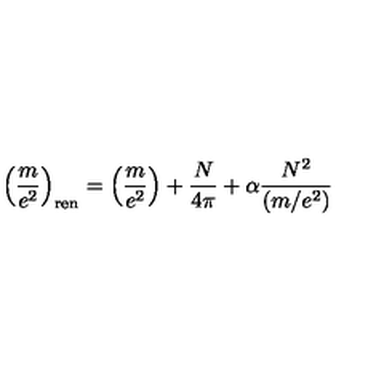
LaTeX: \left( \frac { m } { e ^ { 2 } } \right) _ { \mathrm { r e n } } = \left( \frac { m } { e ^ { 2 } } \right) + \frac { N } { 4 \pi } + \alpha { \frac { N ^ { 2 } } { ( m / e ^ { 2 } ) } }